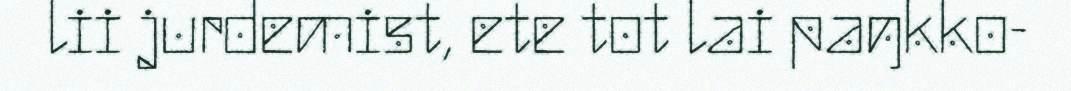
lii jurdemist, ete tot lai paŋkko-